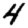
Digit: 4